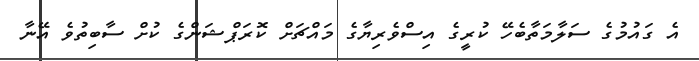
އެ ގައުމުގެ ސަލާމަތާބެހޭ ކުރީގެ އިސްވެރިޔާގެ މައްޗަށް ކޮރަޕްޝަންގެ ކުށް ސާބިތުވެ އޭނާ